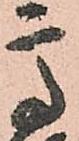
高